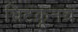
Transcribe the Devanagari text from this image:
चिटकूनच